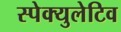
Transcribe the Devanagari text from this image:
स्पेक्युलेटिव